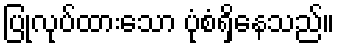
ပြုလုပ်ထားသော ပုံစံရှိနေသည်။